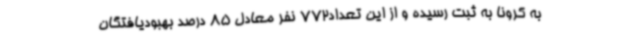
به کرونا به ثبت رسیده و از این تعداد772 نفر معادل 85 درصد بهبودیافتگان